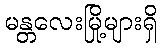
မန္တလေးမြို့များရှိ